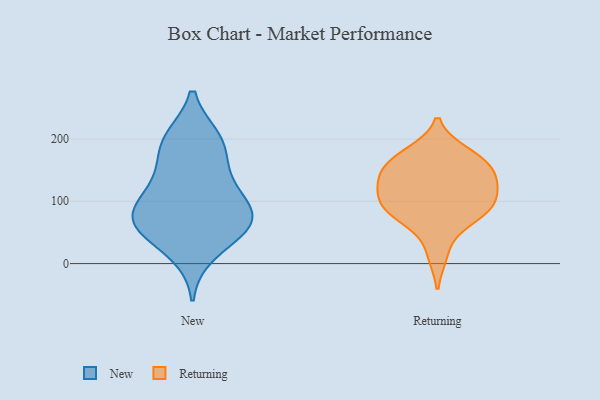
{"axis": {"x": "Conversion Rate (%)", "y": "Value"}, "legend": ["New", "Returning"], "data": [{"x": "", "y": 188, "type": "New"}, {"x": "", "y": 131, "type": "New"}, {"x": "", "y": 91, "type": "New"}, {"x": "", "y": 144, "type": "New"}, {"x": "", "y": 65, "type": "New"}, {"x": "", "y": 63, "type": "New"}, {"x": "", "y": 104, "type": "New"}, {"x": "", "y": 74, "type": "New"}, {"x": "", "y": 199, "type": "New"}, {"x": "", "y": 17, "type": "New"}, {"x": "", "y": 65, "type": "New"}, {"x": "", "y": 200, "type": "New"}, {"x": "", "y": 55, "type": "New"}, {"x": "", "y": 114, "type": "Returning"}, {"x": "", "y": 88, "type": "Returning"}, {"x": "", "y": 82, "type": "Returning"}, {"x": "", "y": 145, "type": "Returning"}, {"x": "", "y": 122, "type": "Returning"}, {"x": "", "y": 106, "type": "Returning"}, {"x": "", "y": 166, "type": "Returning"}, {"x": "", "y": 74, "type": "Returning"}, {"x": "", "y": 148, "type": "Returning"}, {"x": "", "y": 16, "type": "Returning"}, {"x": "", "y": 177, "type": "Returning"}, {"x": "", "y": 170, "type": "Returning"}, {"x": "", "y": 81, "type": "Returning"}, {"x": "", "y": 134, "type": "Returning"}]}